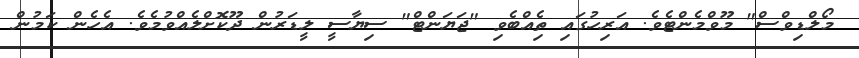
މޯލްޑިވްސް" މޫވްމެންޓެވެ. އަރިހުގައި ތިެއްބެވި "ޖަޔަންޓް" ސިޔާސީ ލީޑަރުން ދޫކޮށްލެއްވުމެވެ. އެހެން ކަމުން